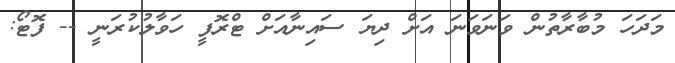
މަދަހަ މުބާރާތުން ވަނަވަނަ އަށް ދިޔަ ސައިނާއަށް ޓްރޮފީ ހަވާލުކުރަނީ -- ފޮޓޯ: